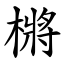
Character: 㯍